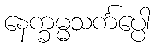
နေက္ခမ္မသင်္ကပ္ပေါ